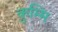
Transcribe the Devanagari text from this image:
कुम्मि